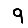
Digit: 9